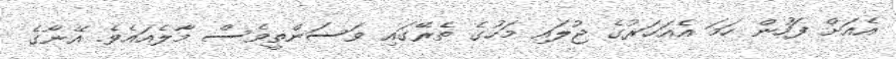
އެއަށް ފަހުން ހަމަ އެއަހަރުގެ ޖުލައި މަހުގެ ތެރޭގައި ވަސަންތީވެސް މާލެއައެވެ. އޭނާގެ